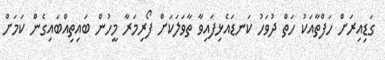
ގަޑިއިރަށް ހަފްތާއަކު ހަތް ދުވަހު ކަނޑައެޅިފައިވާ ތާވަލަކަށް ފޯރިމަރާ މީހުން ބައިތިއްބައިގެން ކަމަށް